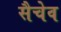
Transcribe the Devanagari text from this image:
सैचेव